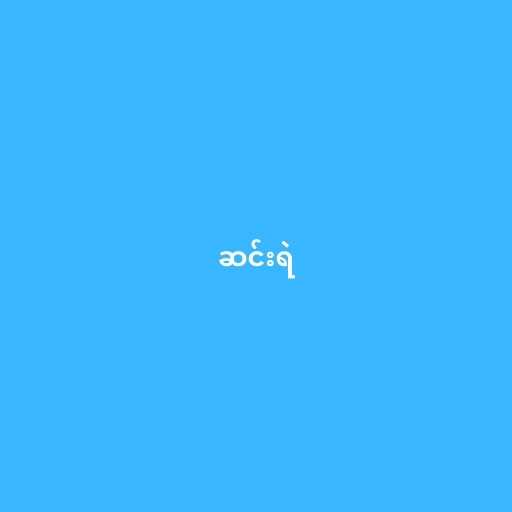
ဆင်းရဲ